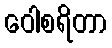
ဝေါစရိတာ